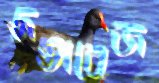
দস্তাবেজ